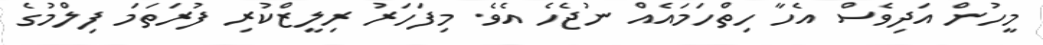
މީހުން އަދިވެސް އެހާ ހިތްހަމައެއް ނުޖެހެ އެވެ. މިފަހަރު ރިލީޒްކުރި ފުރަތަމަ ފިލްމުގެ